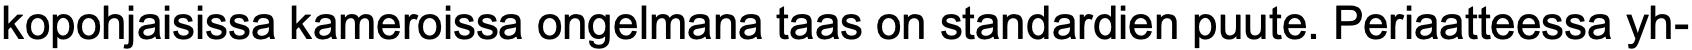
kopohjaisissa kameroissa ongelmana taas on standardien puute. Periaatteessa yh-